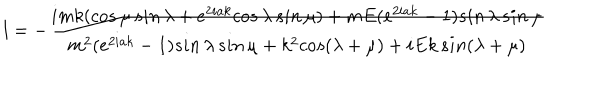
l = - \frac { i m k ( c o s \, \mu \, s i n \, \lambda + e ^ { 2 i a k } c o s \, \lambda \, s i n \, \mu ) + m E ( e ^ { 2 i a k } - 1 ) s i n \, \lambda \, s i n \, \mu } { m ^ { 2 } ( e ^ { 2 i a k } - 1 ) s i n \, \lambda \, s i n \, \mu + k ^ { 2 } c o s ( \lambda + \mu ) + i E k \, s i n ( \lambda + \mu ) }